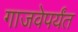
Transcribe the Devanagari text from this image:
गाजवेपर्यंत